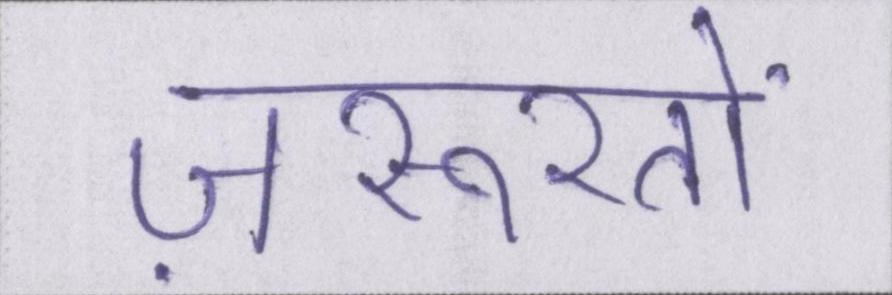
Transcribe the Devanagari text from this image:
ज़रूरतों